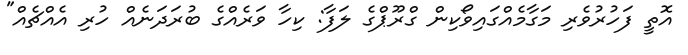
އޮތީ ފަހުރުވެރި މަގާމެއްގައިވޯކިން ގްރޫޕްގެ ލަފާ: ކިހާ ވަރެއްގެ ބުރަދަނެއް ހުރި އެއްޗެއް"